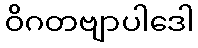
ဝိဂတဗျာပါဒေါ